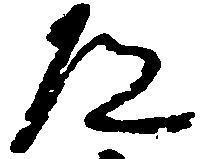
道